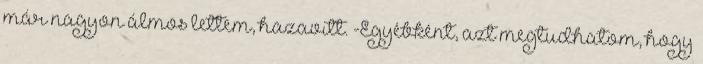
már nagyon álmos lettem, hazavitt. -Egyébként, azt megtudhatom, hogy